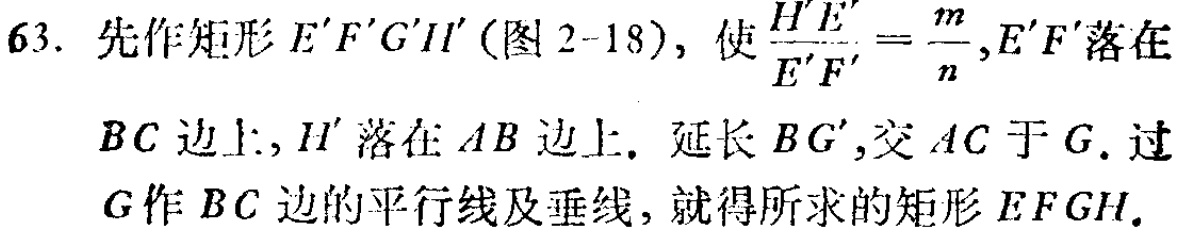
63. 先作矩形 \(E'F'G'H'\) (图 2 - 18), 使 \(\frac{H'E'}{E'F'}=\frac{m}{n},E'F'\) 落在 \(BC\) 边上, \(H'\) 落在 \(AB\) 边上. 延长 \(BG'\), 交 \(AC\) 于 \(G\). 过 \(G\) 作 \(BC\) 边的平行线及垂线, 就得所求的矩形 \(EFGH\).